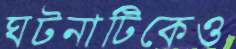
ঘটনাটিকেও